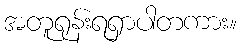
အတူရုန်းရရှာပါတကား။